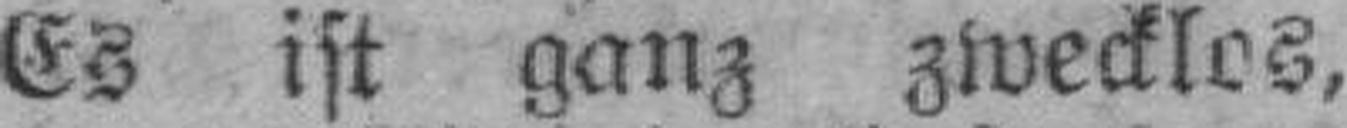
Es ist ganz zwecklos,